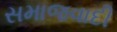
સમાજવાદી